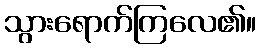
သွားရောက်ကြလေ၏။